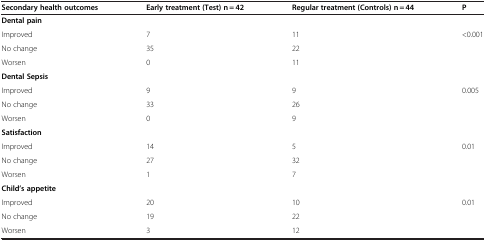
<table><thead><tr><td><b>Secondary health outcomes</b></td><td><b>Early treatment (Test)n = 42</b></td><td><b>Regular treatment (Controls)n = 44</b></td><td><b>P</b></td></tr></thead><tbody><tr><td><b>Dental pain</b></td><td> </td><td> </td><td> </td></tr><tr><td>Improved</td><td>7</td><td>11</td><td>&lt;0.001</td></tr><tr><td>No change</td><td>35</td><td>22</td><td> </td></tr><tr><td>Worsen</td><td>0</td><td>11</td><td> </td></tr><tr><td><b>Dental Sepsis</b></td><td> </td><td> </td><td> </td></tr><tr><td>Improved</td><td>9</td><td>9</td><td>0.005</td></tr><tr><td>No change</td><td>33</td><td>26</td><td> </td></tr><tr><td>Worsen</td><td>0</td><td>9</td><td> </td></tr><tr><td><b>Satisfaction</b></td><td> </td><td> </td><td> </td></tr><tr><td>Improved</td><td>14</td><td>5</td><td>0.01</td></tr><tr><td>No change</td><td>27</td><td>32</td><td> </td></tr><tr><td>Worsen</td><td>1</td><td>7</td><td> </td></tr><tr><td><b>Child’s appetite</b></td><td> </td><td> </td><td> </td></tr><tr><td>Improved</td><td>20</td><td>10</td><td>0.01</td></tr><tr><td>No change</td><td>19</td><td>22</td><td> </td></tr><tr><td>Worsen</td><td>3</td><td>12</td><td> </td></tr></tbody></table>